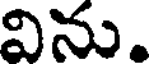
విను.